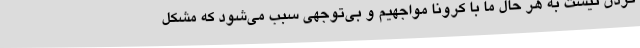
کردن نیست به هر حال ما با کرونا مواجهیم و بی‌توجهی سبب می‌شود که مشکل